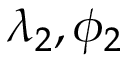
\lambda _ { 2 } , \phi _ { 2 }